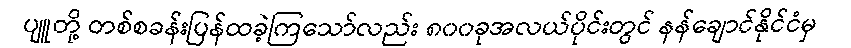
ပျူတို့ တစ်စခန်းပြန်ထခဲ့ကြသော်လည်း ၈၀၀ခုအလယ်ပိုင်းတွင် နန်ချောင်နိုင်ငံမှ